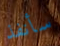
سأنفذ